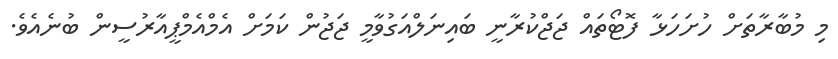
މި މުބާރާތަށް ހުށަހަޅާ ފޮޓޯތައް ޖަޖްކުރާނީ ބައިނަލްއަގުވާމީ ޖަޖުން ކަމަށް އެމްއެމްޕީއާރުސީން ބުނެއެވެ.